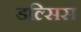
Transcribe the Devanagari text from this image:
डल्सिस